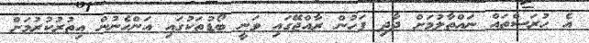
އެ ހުރަސްތައް ނައްތާލުމަށް ދާދި ފަހުން ރާއްޖޭގައި ވަނީ ބޯޑުތަކުގައި އަންހެނުން އިތުރުކުރުމަށް